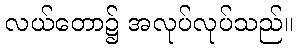
လယ်တော၌ အလုပ်လုပ်သည်။